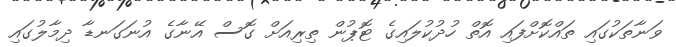
ވަނާތަކުގައި ތައްކޮށްފައި އޮތް ހުދުކުލައިގެ ޓޮޕުން ތިރިއަށް ގޮސް އޭނާގެ އުނަގަނޑާ ދިމާލުގައި